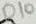
Text: D10